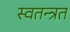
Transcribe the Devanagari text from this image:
स्वतन्त्रत